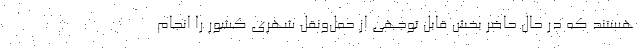
هستند که در حال حاضر بخش قابل توجهی از حمل‌و‌نقل شهری کشور را انجام